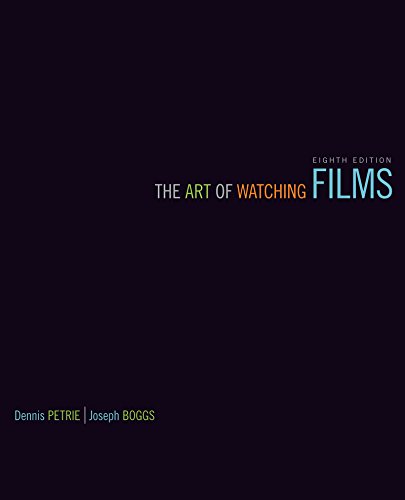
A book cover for The Art of Watching Films; Dennis Petrie; Humor & Entertainment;